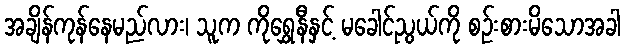
အချိန်ကုန်နေမည်လား၊ သူက ကိုရွှေနီနှင့် မခေါင်ညွယ်ကို စဉ်းစားမိသောအခါ